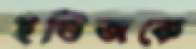
ইন্ডিজকে